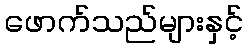
ဖောက်သည်များနှင့်